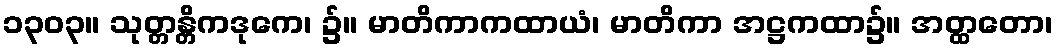
၁၃၀၃။ သုတ္တန္တိကဒုကေ၊ ၌။ မာတိကာကထာယံ၊ မာတိကာ အဋ္ဌကထာ၌။ အတ္ထတော၊